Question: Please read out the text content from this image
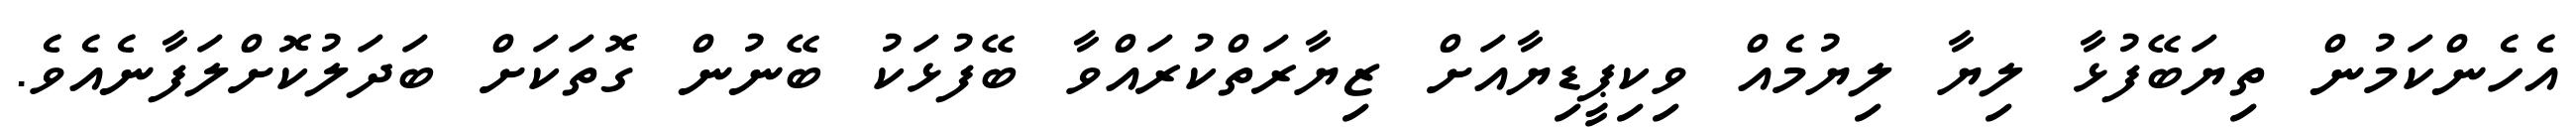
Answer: އެހެންކަމުން ތިޔަބޭފުޅާ ލިޔާ ލިޔުމެއް ވިކިޕީޑިޔާއަށް ޒިޔާރަތްކުރައްވާ ބޭފުޅަކު ބޭނުން ގޮތަކަށް ބަދަލުކޮށްލަފާނެއެވެ.